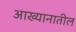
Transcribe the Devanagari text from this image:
आख्यानातील